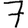
Digit: 7